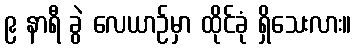
၉ နာရီ ခွဲ လေယာဉ်မှာ ထိုင်ခုံ ရှိသေးလား။